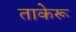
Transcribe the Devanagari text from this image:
ताकेरू